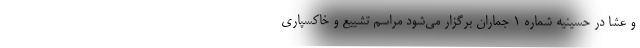
و عشا در حسینیه شماره ۱ جماران برگزار می‌شود مراسم تشییع و خاکسپاری